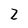
Character: 2